Jaarja_vallakohus, lk 7
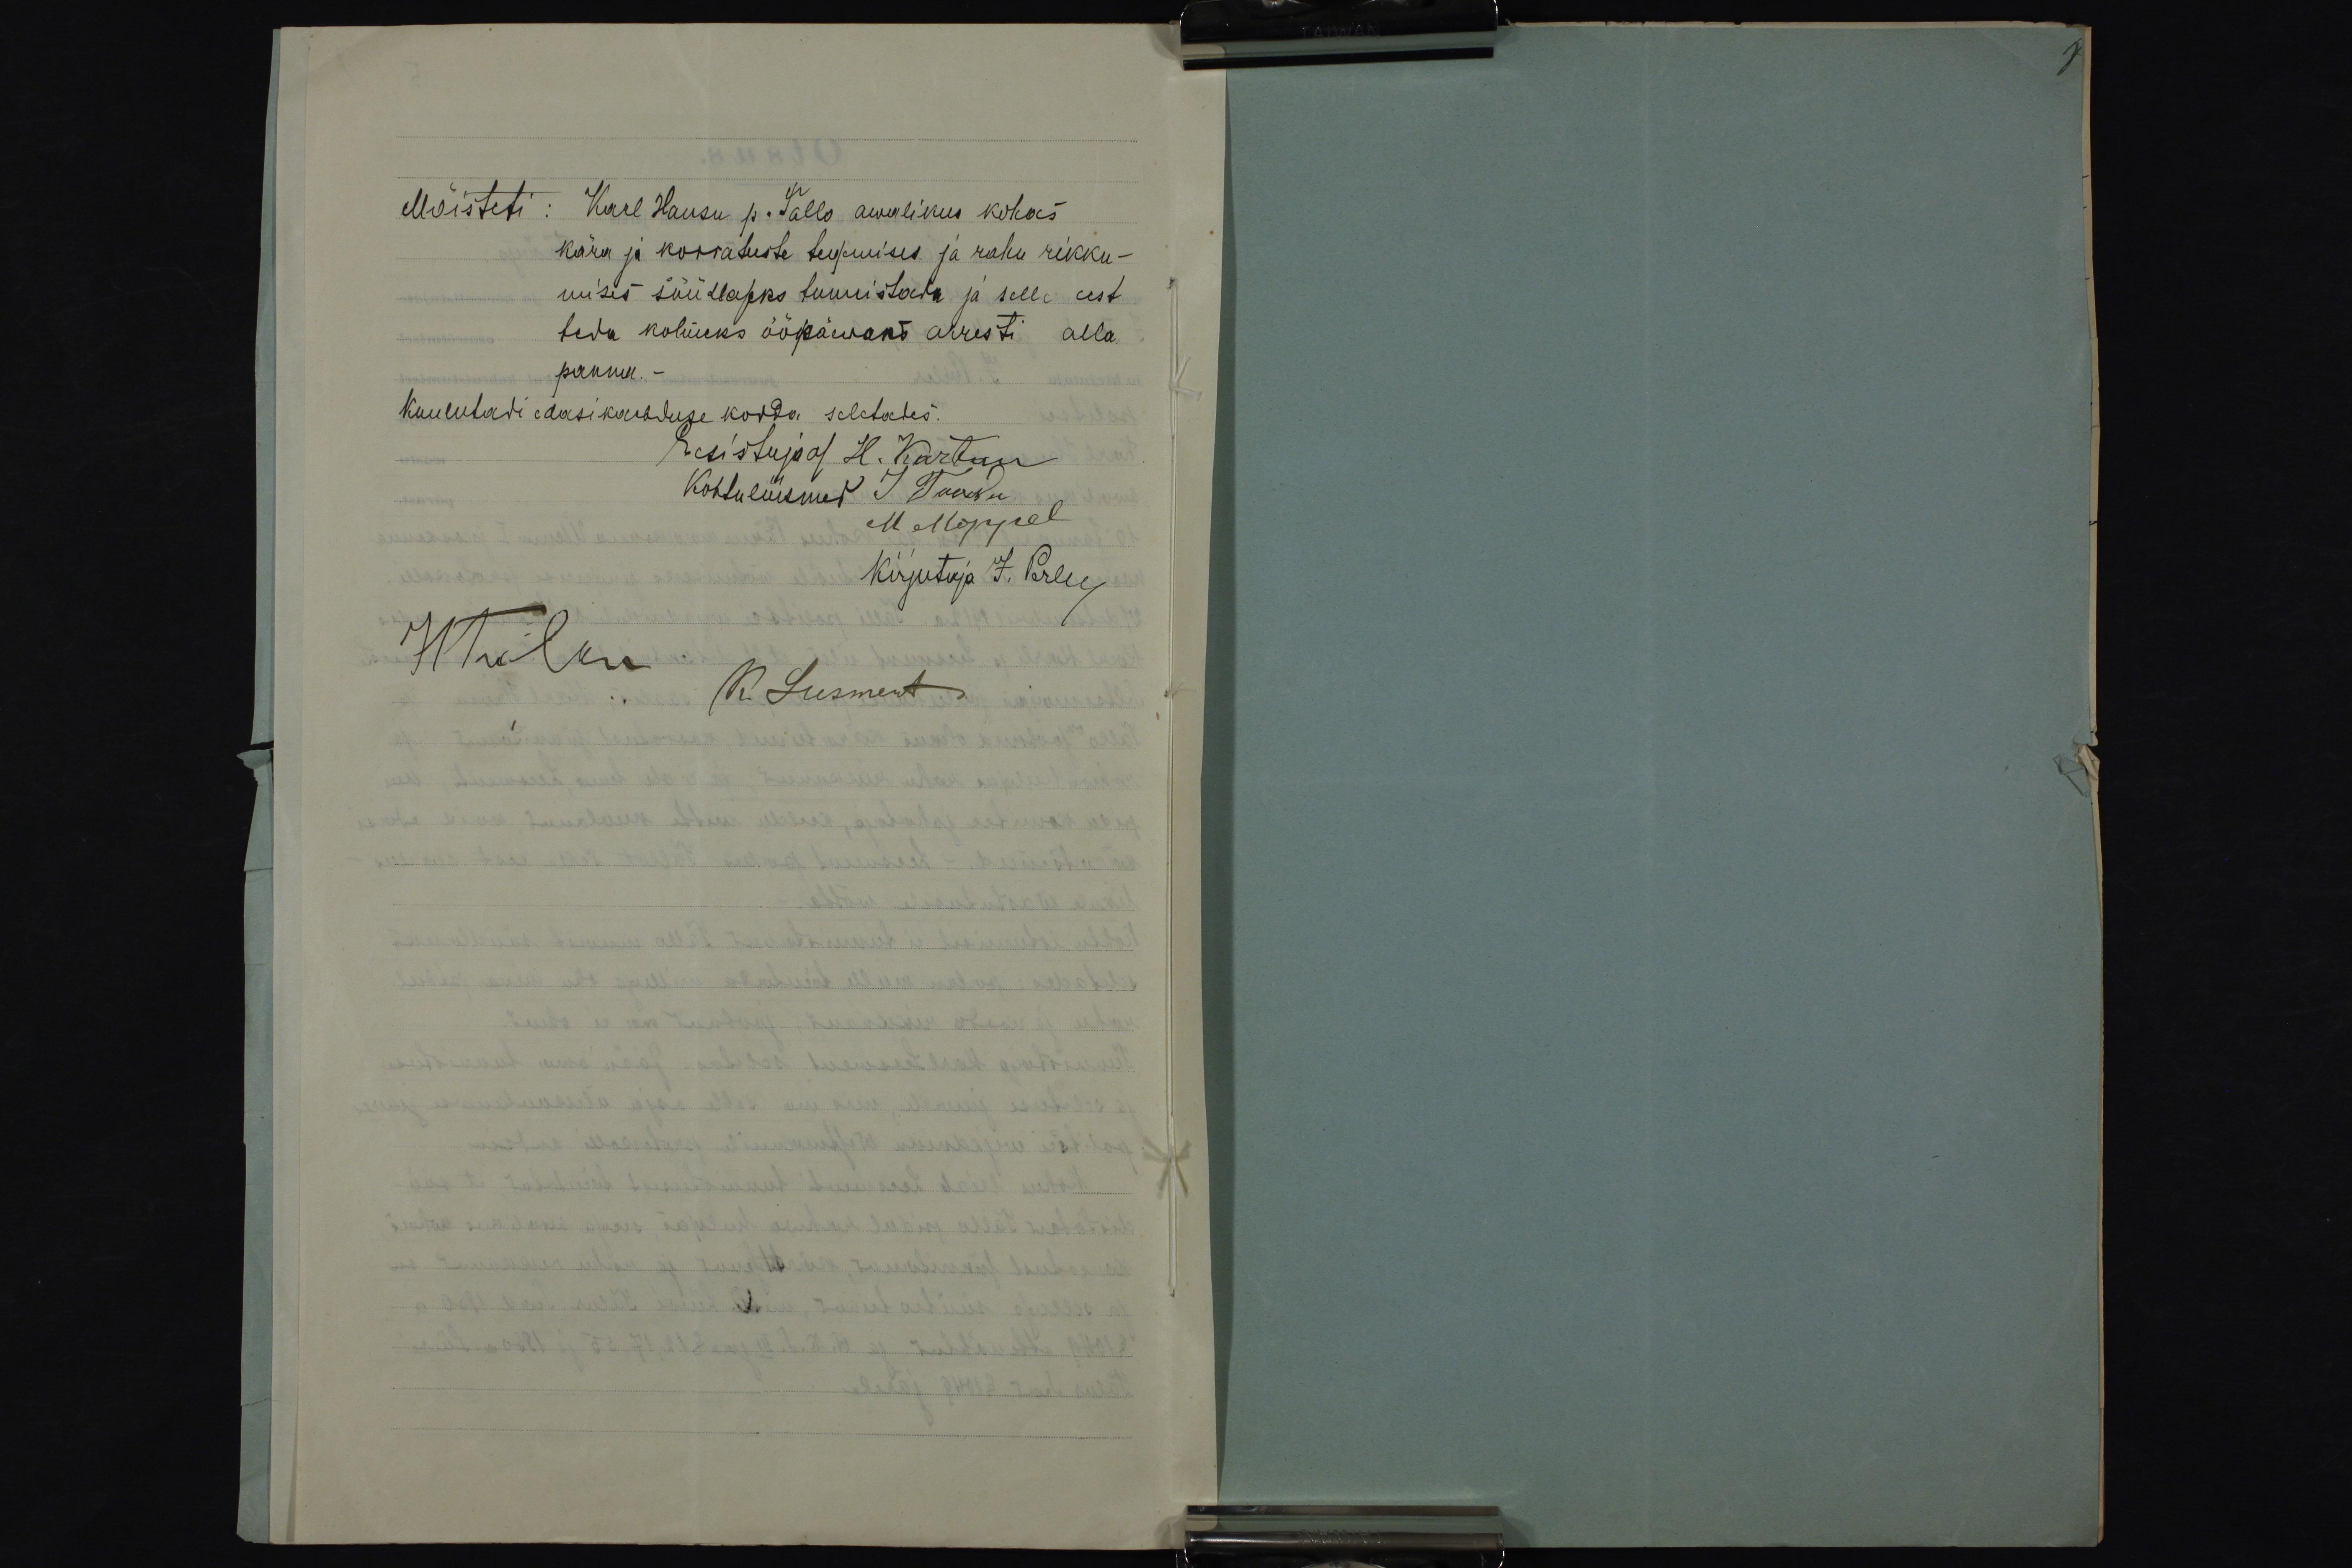
Mõisteti:
Karl Hansu p. Tallo awalikus kohas
kära ja korratuste tegemises ja rahu rikku-
mises süüdlaseks tunnistada ja selle eest
teda kolmeks ööpäewaks arresti alla
panna. -
Kuulutadi edasikaebduse korda seletades.
Eesistuja as H. Kartau
Kohtuliikmed J. Toodu
M. Moppel
Kirjutaja J. Perler
HTallu
K. Leesment